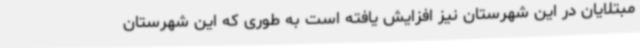
مبتلایان در این شهرستان نیز افزایش یافته است به طوری که این شهرستان